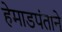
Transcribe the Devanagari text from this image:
हेमाडपंताने